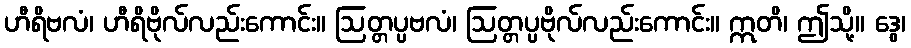
ဟီရိဗလံ၊ ဟီရိဗိုလ်လည်းကောင်း။ ဩတ္တပ္ပဗလံ၊ ဩတ္တပ္ပဗိုလ်လည်းကောင်း။ ဣတိ၊ ဤသို့။ ဒွေ၊